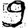
Digit: 9